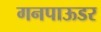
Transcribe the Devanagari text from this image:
गनपाऊडर